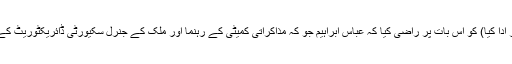
مثال کے طور پر حریری نے دوحہ جا کر قطر (جس نے ۱۶؍ماہ کے دورانیہ میں ثالثی کا کردار ادا کیا) کو اس بات پر راضی کیا کہ عباس ابراہیم جو کہ مذاکراتی کمیٹی کے رہنما اور ملک کے جنرل سکیورٹی ڈائریکٹوریٹ کے سربراہ ہیں، ان پر بھروسا کیا جا سکتا ہے، حالانکہ وہ حزب اللہ کے حامی سمجھے جاتے ہیں۔